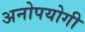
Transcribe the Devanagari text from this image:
अनोपयोगी